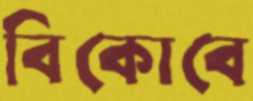
বিকোবে